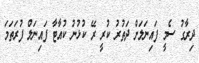
ދިރާގު ސެމީ ފައިނަލަށް ދަތުރު ކުރީ ރޭ ކުޅުނު ކުއާޓާ ފައިނަލް ފުރަތަމަ